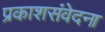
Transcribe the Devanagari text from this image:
प्रकाशसंवेदना